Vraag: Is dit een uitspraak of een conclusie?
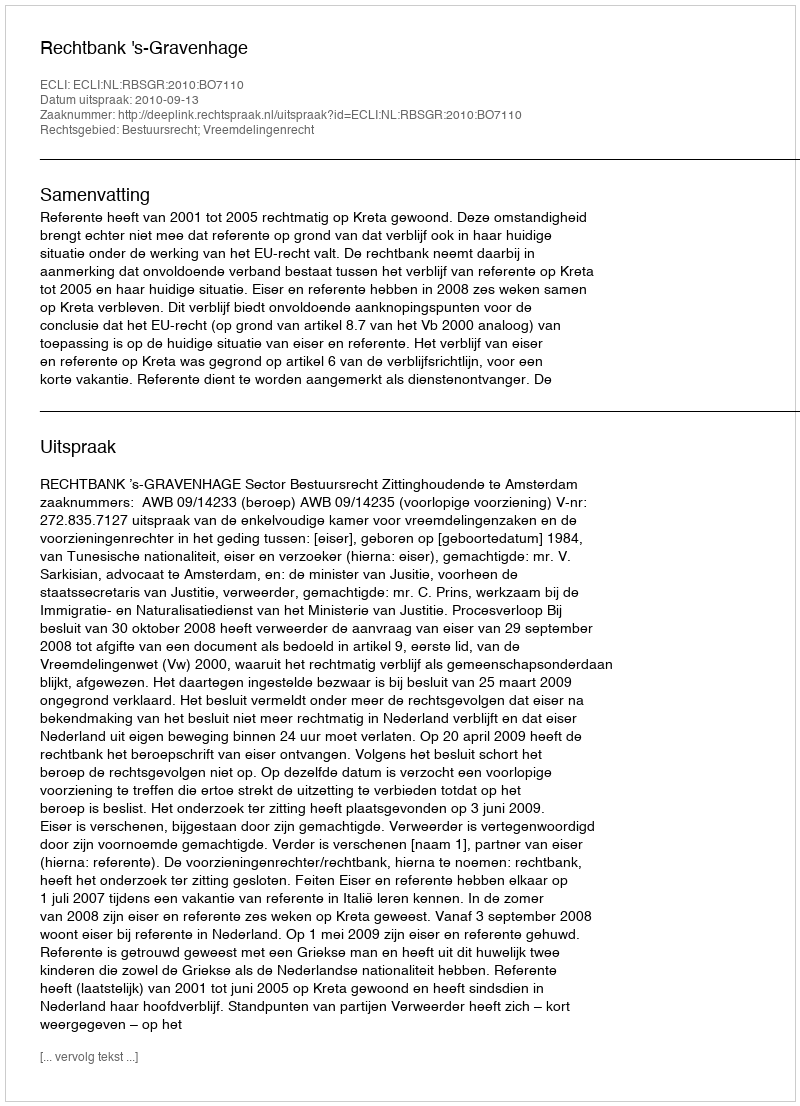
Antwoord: Uitspraak